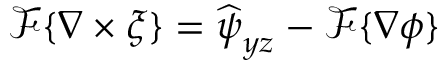
\mathcal { F } \{ \boldsymbol { \nabla } \times \xi \} = \widehat { \boldsymbol { \psi } } _ { y z } - \mathcal { F } \{ \boldsymbol { \nabla } \phi \}